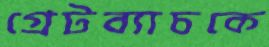
গ্রেটব্যাচকে